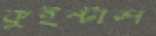
কুইন্টাল